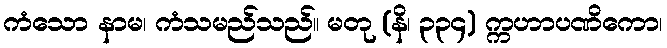
ကံသော နာမ၊ ကံသမည်သည်။ မတု (နိ၊ ၃၃၄) က္ကဟာပဏိကော၊